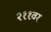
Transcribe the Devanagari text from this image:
२११वर